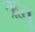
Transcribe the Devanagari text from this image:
ऋतुु